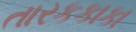
તારકકાકા